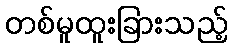
တစ်မူထူးခြားသည့်